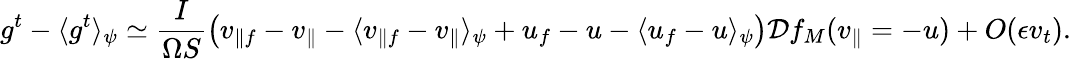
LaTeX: g^{t}-\langle g^{t}\rangle_{\psi}\simeq\frac{I}{\Omega S}\left(v_{\parallel f}-v_{\parallel}-\langle v_{\parallel f}-v_{\parallel}\rangle_{\psi}+u_{f}-u-\langle u_{f}-u\rangle_{\psi}\right)\mathcal{D}f_{M}(v_{\parallel}=-u)+\textit{O}(\epsilon v_{t}).